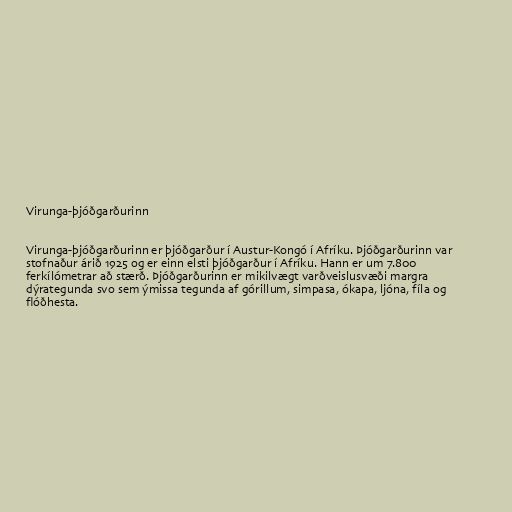
Virunga-þjóðgarðurinn

Virunga-þjóðgarðurinn er þjóðgarður í Austur-Kongó í Afríku. Þjóðgarðurinn var
stofnaður árið 1925 og er einn elsti þjóðgarður í Afríku. Hann er um 7.800
ferkílómetrar að stærð. Þjóðgarðurinn er mikilvægt varðveislusvæði margra
dýrategunda svo sem ýmissa tegunda af górillum, simpasa, ókapa, ljóna, fíla og
flóðhesta.